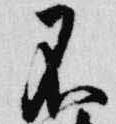
不